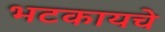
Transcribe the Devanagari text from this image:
भटकायचे